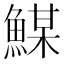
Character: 𩹮